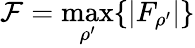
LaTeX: \mathcal{F}=\operatorname*{max}_{\rho^{\prime}}\{ |F_{\rho^{\prime}}|\}